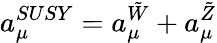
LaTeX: a_{\mu}^{SUSY}={a_{\mu}^{\tilde{W}}+a_{\mu}^{\tilde{Z}}}